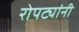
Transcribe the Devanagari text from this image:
रोपट्यांनी